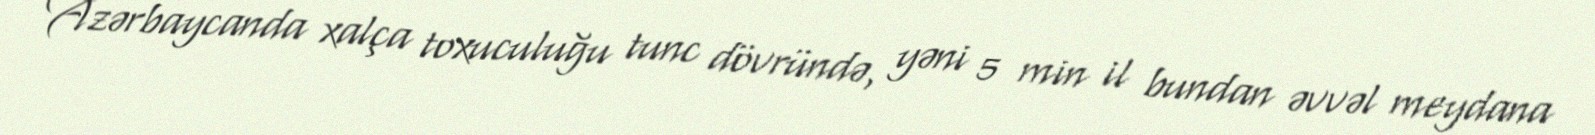
Azərbaycanda xalça toxuculuğu tunc dövründə, yəni 5 min il bundan əvvəl meydana